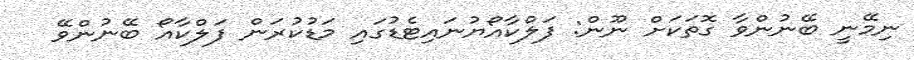
ނިމޭނީ ބޭނުންވާ ގޮތަކަށް ނޫން: ފަލްކާއޯޔުނައިޓެޑުގައި މަޑުކުރަން ފަލްކާއޯ ބޭނުންވޭ